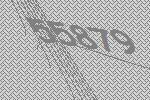
55879